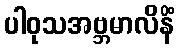
ပါဝုသအဗ္ဘမာလိနိံ